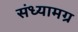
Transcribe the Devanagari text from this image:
संध्यामग्र